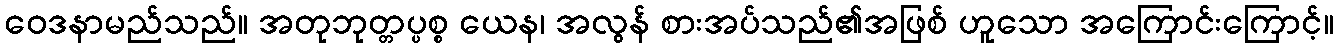
ဝေဒနာမည်သည်။ အတုဘုတ္တပ္ပစ္စ ယေန၊ အလွန် စားအပ်သည်၏အဖြစ် ဟူသော အကြောင်းကြောင့်။